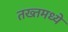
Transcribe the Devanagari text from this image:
तख्तमध्ये